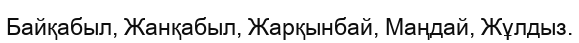
Байқабыл, Жанқабыл, Жарқынбай, Маңдай, Жұлдыз.